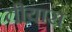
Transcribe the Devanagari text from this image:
तीयास